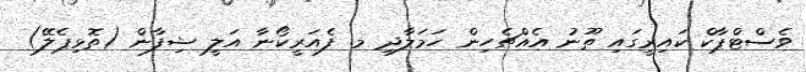
ވެސްޓްޕާކް ކައިރީގައި ތޫނު އެއްޗެހިން ހަމަލާދި މ. ފެއަރީކޯނާ އަލީ ޝިފާން (ތޮޅިޕެލޭ)